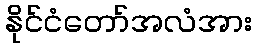
နိုင်ငံတော်အလံအား